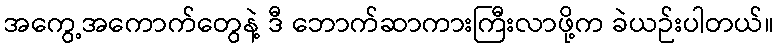
အကွေ့အကောက်တွေနဲ့ ဒီ ဘောက်ဆာကားကြီးလာဖို့က ခဲယဉ်းပါတယ်။